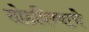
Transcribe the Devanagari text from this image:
सोडविण्‍याचे